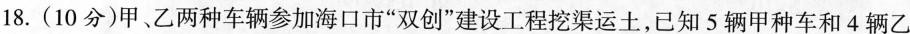
18. (10分)甲、乙两种车辆参加海口市“双创”建设工程挖渠运土，已知 5 辆甲种车和 4 辆乙